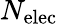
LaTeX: N_{\mathrm{elec}}